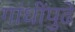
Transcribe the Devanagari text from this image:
गांधींपुढे